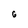
Character: 6